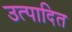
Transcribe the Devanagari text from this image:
उत्पादित